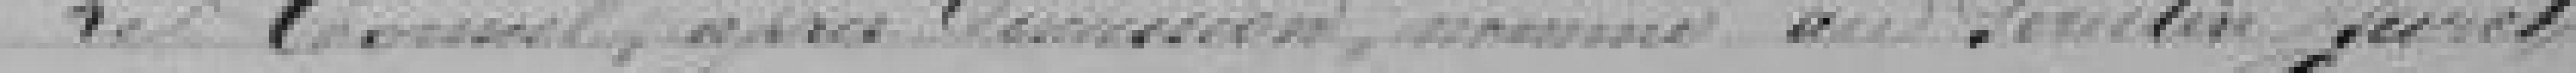
Le Conseil après Commission nomme au